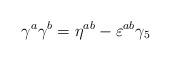
LaTeX: \begin{align*}\gamma^a\gamma^b=\eta^{ab}-\varepsilon^{ab} \gamma_5\end{align*}